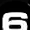
Digit: 6